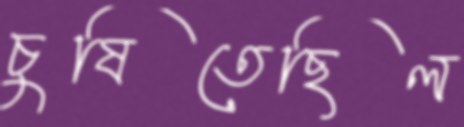
চুষিতেছিল